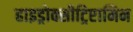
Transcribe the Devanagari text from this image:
हाइड्रोक्सीट्रिप्टामिन